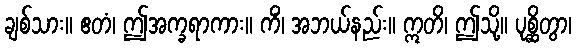
ချစ်သား။ ဧတံ၊ ဤအက္ခရာကား။ ကိံ၊ အဘယ်နည်း။ ဣတိ၊ ဤသို့။ ပုစ္ဆိတွာ၊